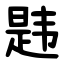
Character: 韪